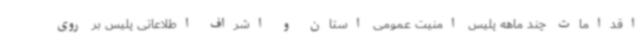
اقدامات چند ماهه پلیس امنیت عمومی استان و اشراف اطلاعاتی پلیس بر روی